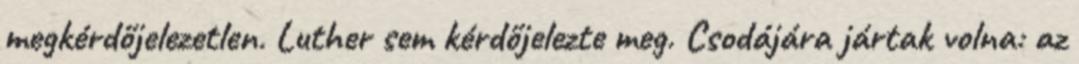
megkérdőjelezetlen. Luther sem kérdőjelezte meg. Csodájára jártak volna: az